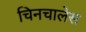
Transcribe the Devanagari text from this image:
चिनचालेस